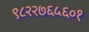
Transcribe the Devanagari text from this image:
९८२२७६५६०१